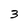
Character: 3